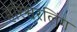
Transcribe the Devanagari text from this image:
हरिश्वरलिंग